Report on sanitation, dispensaries, and jails in Rajputana for 1910, and on vaccination for the year 1910-1911 - 1910-1911
Year: 1910
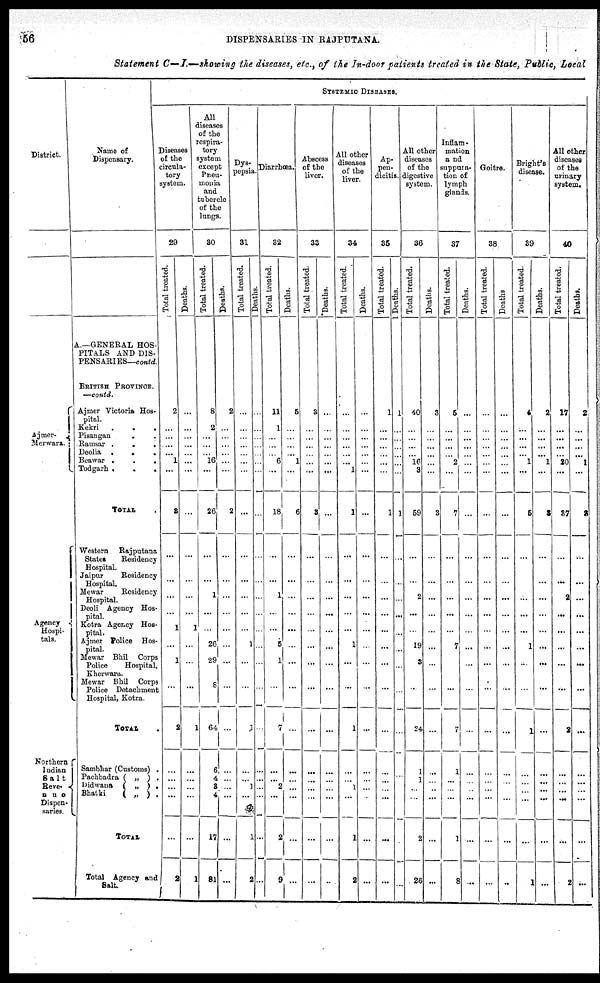
56
DISPENSARIES IN RAJPUTANA.
Statement C— I.—showing the diseases, etc., of the In-door patients treated in the State, Public, Local
District.
Ajmer-
Merwara.
Agency
Hospi-
tals.
Northern
Indian
Salt
Reve-
nue
Dispen-
saries.
Name of
Dispensary.
A.—GENERAL HOS-
PITALS AND DIS-
PENSARIES—contd.
BRITISH PROVINCE.
—contd.
Ajmer Victoria Hos-
pital.
Kekri . . . . .
Pisangan . .
Ramsar . . . .
Deolia . . . . . .
Beawar . . . . .
Todgarh . . . . .
TOTAL .
Western
Rajputana
States
Residency
Hospital.
Jaipur
Residency
Hospital.
Mewar
Residency
Hospital.
Deoli Agency Hos-
pital.
Kotra Agency Hos-
pital.
Ajmer Police Hos-
pital.
Mewar Bhil Corps
Police
Hospital,
Kherwara.
Mewar Bhil Corps
Police Detachment
Hospital, Kotra.
TOTAL .
Sambhar (Customs) .
Pachbadra ( „ ) .
Didwana ( „ ) .
Bhatki
( „ ) .
TOTAL
Total Agency and
Salt.
SYSTEMIC DISEASES.
Diseases
of the
circula-
tory
system.
29
Total treated.
2
...
...
...
...
1
...
3
...
...
...
...
1
...
1
...
2
...
...
...
...
...
2
Deaths.
...
...
...
...
...
...
...
...
...
...
...
...
1
...
...
...
1
...
...
...
...
...
1
All
diseases
of the
respira-
tory
system
except
Pneu-
monia
and
tubercle
of the
lungs.
30
Total treated.
8
2
...
...
...
16
...
26
...
...
1
...
...
26
29
8
64
6
4
3
4
17
81
Deaths.
2
...
...
...
...
...
...
2
...
...
...
...
...
...
...
...
...
...
...
...
...
...
...
Dys-
pepsia.
31
Total treated.
...
...
...
...
...
...
...
...
...
...
...
...
...
1
...
...
1
...
...
1
...
1
2
Deaths.
...
...
...
...
...
...
...
...
...
...
...
...
...
...
...
...
...
...
...
...
...
...
...
Diarrhœa.
32
Total treated.
11
1
...
...
...
6
...
18
...
...
1
...
...
5
1
...
7
...
...
2
...
2
9
Deaths.
5
...
...
...
...
1
...
6
...
...
...
...
...
...
...
...
...
...
...
...
...
...
...
Abscess
of the
liver.
33
Total treated.
3
...
...
...
...
...
...
3
...
...
...
...
...
...
...
...
...
...
...
...
...
...
...
Deaths.
...
...
...
...
...
...
...
...
...
...
...
...
...
...
...
...
...
...
...
...
...
...
...
All other
diseases
of the
liver.
34
Total treated.
...
...
...
...
...
...
1
1
...
...
...
...
...
1
...
...
1
...
...
1
...
1
2
Deaths.
...
...
...
...
...
...
...
...
...
...
...
...
...
...
...
...
...
...
...
...
...
...
...
Ap-
pen-
dicitis.
35
Total treated.
1
...
...
...
...
...
...
1
...
...
...
...
...
...
...
...
...
...
...
...
...
...
...
Deaths.
1
...
...
...
...
...
...
1
...
...
...
...
..
...
..
...
...
...
...
...
...
...
...
All other
diseases
of the
digestive
system.
36
Total treated.
40
...
...
...
...
16
3
59
...
...
2
...
...
19
3
...
24
1
1
...
...
2
26
Deaths.
3
...
...
...
...
...
...
3
...
...
...
...
...
...
...
...
...
...
...
...
...
...
...
Inflam-
mation
and
suppura-
tion of
lymph
glands.
37
Total treated.
5
...
...
...
...
2
...
7
...
...
...
...
...
7
...
...
7
1
...
...
...
1
8
Deaths.
...
...
...
...
...
...
...
...
...
...
...
...
...
...
...
...
...
...
...
...
...
...
...
Goitre.
38
Total treated.
...
...
...
...
...
...
...
...
...
...
...
...
...
...
...
...
...
...
...
...
...
...
...
Deaths
...
...
...
...
...
...
...
...
...
...
...
...
...
...
...
...
...
...
...
...
...
...
...
Bright's
disease.
39
Total treated.
4
...
...
...
...
1
...
5
...
...
...
...
...
1
...
...
1
...
...
...
...
...
1
Deaths.
2
...
...
...
...
1
...
3
...
...
...
...
...
...
...
...
...
...
...
...
...
...
...
All other
diseases
of the
urinary
system.
40
Total treated.
17
...
...
...
...
20
...
37
...
...
2
...
...
...
...
...
2
...
...
...
...
...
2
Deaths.
2
...
...
...
...
1
...
3
...
...
...
...
...
...
...
...
...
...
...
...
...
...
...